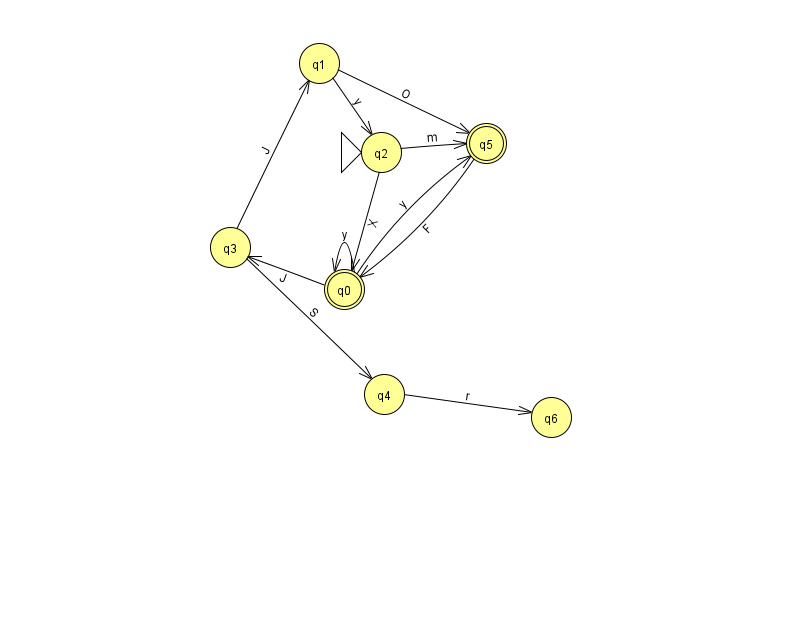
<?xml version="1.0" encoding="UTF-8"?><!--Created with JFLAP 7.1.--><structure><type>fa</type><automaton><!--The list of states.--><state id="0" name="q0"><x>344.0</x><y>276.0</y><final/></state><state id="1" name="q1"><x>319.0</x><y>50.0</y></state><state id="2" name="q2"><x>381.0</x><y>139.0</y><initial/></state><state id="3" name="q3"><x>230.0</x><y>234.0</y></state><state id="4" name="q4"><x>384.0</x><y>381.0</y></state><state id="5" name="q5"><x>486.0</x><y>130.0</y><final/></state><state id="6" name="q6"><x>551.0</x><y>404.0</y></state><!--The list of transitions.--><transition><from>0</from><to>5</to><read>y</read></transition><transition><from>3</from><to>1</to><read>J</read></transition><transition><from>4</from><to>6</to><read>r</read></transition><transition><from>0</from><to>3</to><read>J</read></transition><transition><from>2</from><to>5</to><read>m</read></transition><transition><from>1</from><to>5</to><read>O</read></transition><transition><from>3</from><to>4</to><read>S</read></transition><transition><from>2</from><to>0</to><read>X</read></transition><transition><from>0</from><to>0</to><read>y</read></transition><transition><from>1</from><to>2</to><read>y</read></transition><transition><from>5</from><to>0</to><read>F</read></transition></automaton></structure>